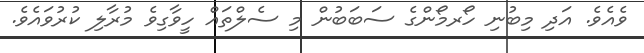
ވެއެވެ. އަދި މިބުނި ހޯރމޯންގެ ސަބަބުން މި ސެލްތައް ހީވާގިވެ މުރާލި ކުރުވައެވެ.